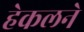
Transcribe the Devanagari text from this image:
हेकलने